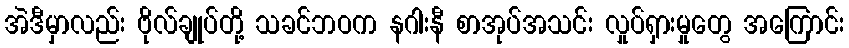
အဲဒီမှာလည်း ဗိုလ်ချုပ်တို့ သခင်ဘဝက နဂါးနီ စာအုပ်အသင်း လှုပ်ရှားမှုတွေ အကြောင်း